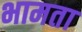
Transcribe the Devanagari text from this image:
भामता